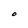
Character: O